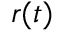
\boldsymbol { r } ( t )